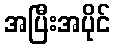
အပြီးအပိုင်